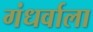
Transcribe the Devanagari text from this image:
गंधर्वाला